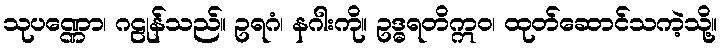
သုပဏ္ဏော၊ ဂဠုန်သည်။ ဥရဂံ၊ နဂါးကို။ ဥဒ္ဓရတိဣဝ၊ ထုတ်ဆောင်သကဲ့သို့။